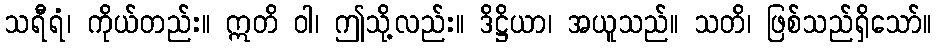
သရီရံ၊ ကိုယ်တည်း။ ဣတိ ဝါ၊ ဤသို့လည်း။ ဒိဋ္ဌိယာ၊ အယူသည်။ သတိ၊ ဖြစ်သည်ရှိသော်။